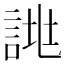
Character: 𧨙